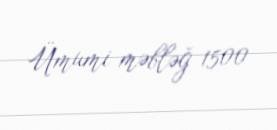
Ümumi məbləğ 1500